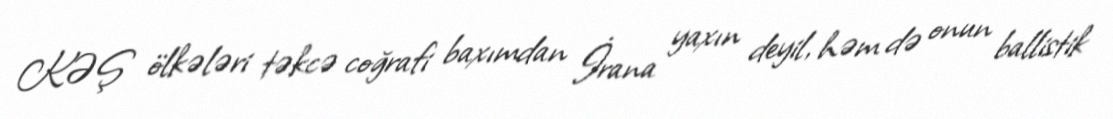
KƏŞ ölkələri təkcə coğrafi baxımdan İrana yaxın deyil, həm də onun ballistik